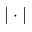
| \cdot |